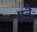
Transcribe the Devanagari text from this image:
एतैः